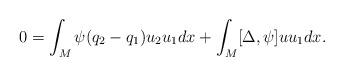
LaTeX: \begin{align*}0=\int_M\psi(q_2-q_1)u_2u_1dx+\int_M[\Delta,\psi]uu_1dx.\end{align*}